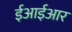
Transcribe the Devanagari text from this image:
ईआईआर